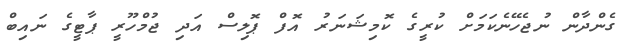
ގެންދާން ނުޖެހޭނެކަމަށް ކުރީގެ ކޮމިޝަނަރު އޮފް ޕޮލިސް އަދި ޖުމްހޫރީ ޕާޓީގެ ނައިބް